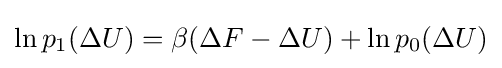
\ln p_{1}(\Delta U)=\beta (\Delta F-\Delta U)+\ln p_{0}(\Delta U)